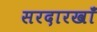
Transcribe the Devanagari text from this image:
सरदारखाँ